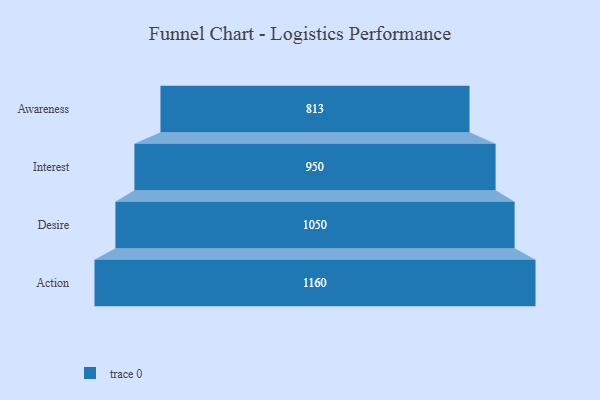
{"axis": {"x": "Stage", "y": "Value"}, "legend": [""], "data": [{"x": "Awareness", "y": 813.0, "type": ""}, {"x": "Interest", "y": 950.0, "type": ""}, {"x": "Desire", "y": 1050.0, "type": ""}, {"x": "Action", "y": 1160.0, "type": ""}]}